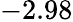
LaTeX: -2.98